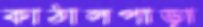
কাঠালপাড়া